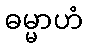
ဓမ္မာဟံ